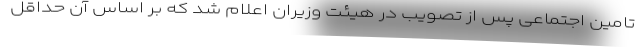
تامین اجتماعی پس از تصویب در هیئت وزیران اعلام شد که بر اساس آن حداقل